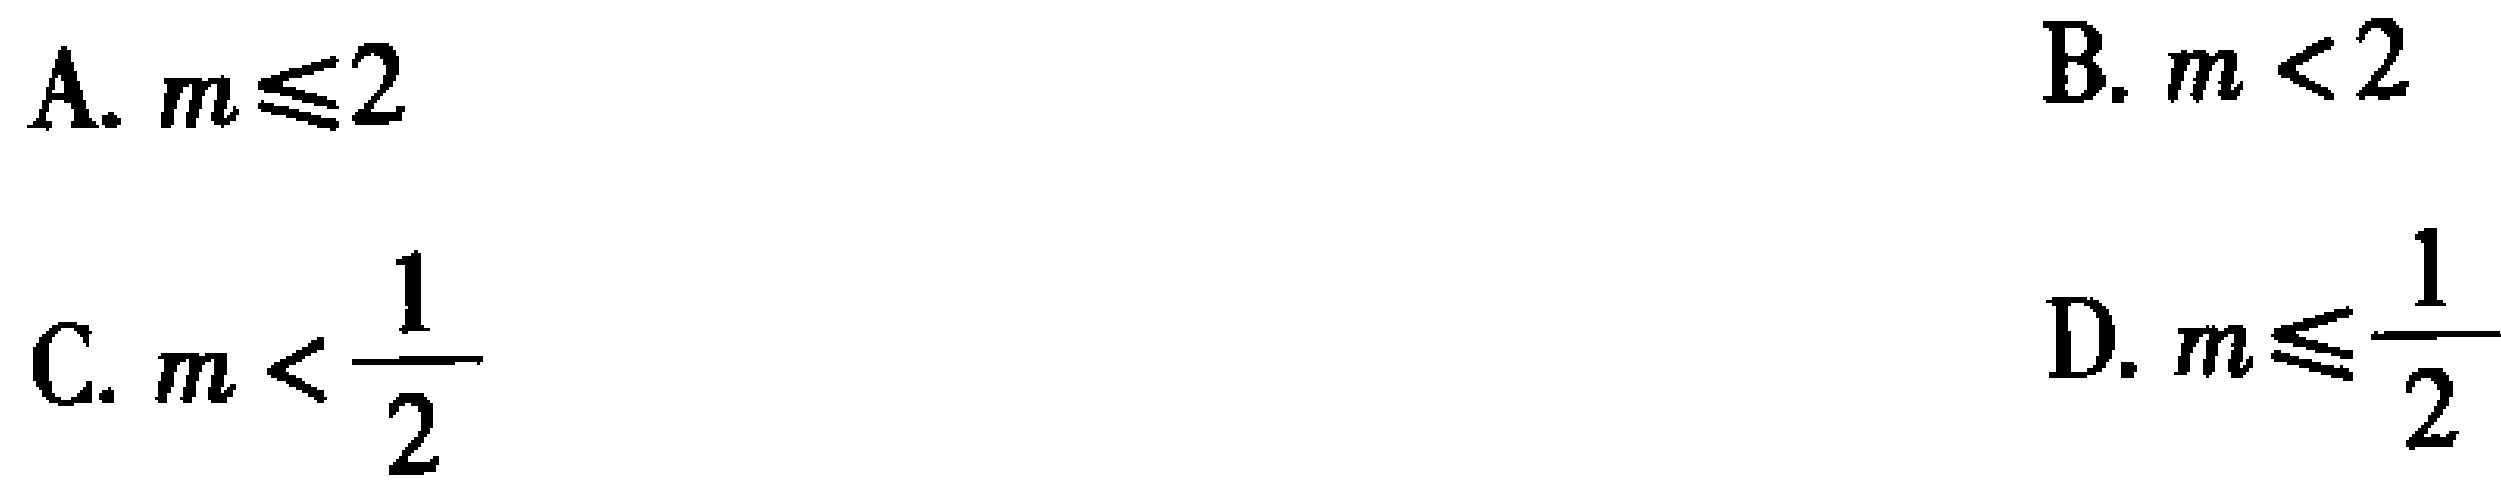
A. \(m\leqslant2\)
B. \(m < 2\)
C. \(m < \dfrac{1}{2}\)
D. \(m\leqslant\dfrac{1}{2}\)